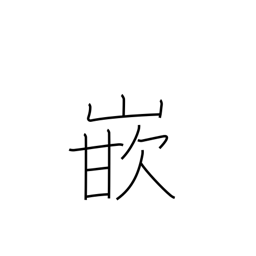
Meaning: go into